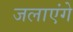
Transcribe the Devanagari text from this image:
जलाएंगे